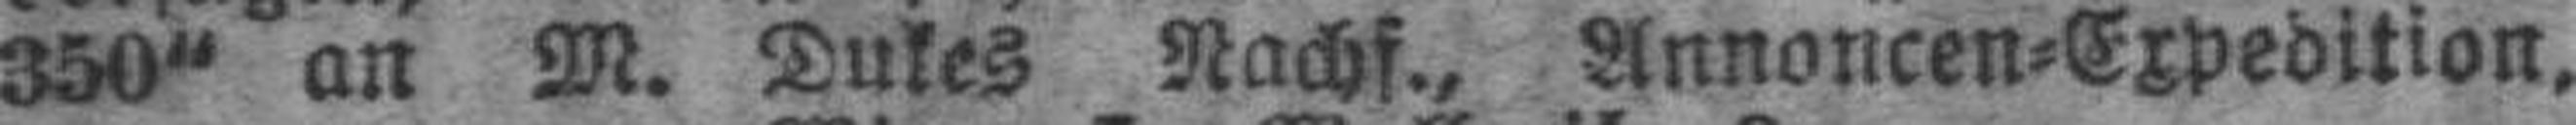
350“ an M. Dukes Nachf., Annoncen=Expedition.